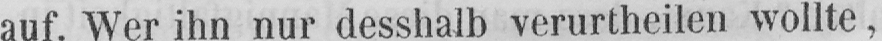
auf. Wer ihn nur desshalb verurtheilen wollte,